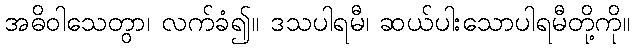
အဓိဝါသေတွာ၊ လက်ခံ၍။ ဒသပါရမီ၊ ဆယ်ပါးသောပါရမီတို့ကို။